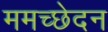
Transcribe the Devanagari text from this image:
ममच्छेदन